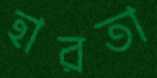
হারতা